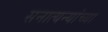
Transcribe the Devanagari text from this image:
सनात्यन्यांच्या